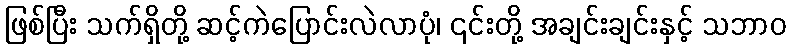
ဖြစ်ပြီး သက်ရှိတို့ ဆင့်ကဲပြောင်းလဲလာပုံ၊ ၎င်းတို့ အချင်းချင်းနှင့် သဘာဝ